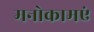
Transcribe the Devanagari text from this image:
मनोकामएं